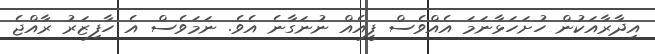
އިދާރާއަކުން ހުށަހަޅާނަމަ އެއްވެސް ފީއެއް ނުނަގާނެ އެވެ. ނަމަވެސް އެ ހާފިޒަރު ރާއްޖެ